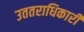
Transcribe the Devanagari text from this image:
उततराधिकारी